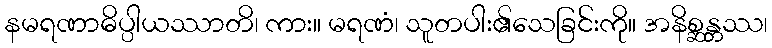
နမရဏာဓိပ္ပါယဿာတိ၊ ကား။ မရဏံ၊ သူတပါး၏သေခြင်းကို။ အနိစ္ဆန္တဿ၊